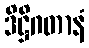
ဒိဋ္ဌိဂတာနံ